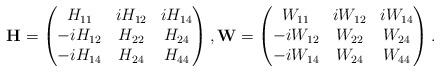
LaTeX: \begin{align*}\mathbf{H}=\begin{pmatrix}H_{11}&iH_{12}&iH_{14}\\-iH_{12}&H_{22}&H_{24}\\-iH_{14}&H_{24}&H_{44}\end{pmatrix}, \mathbf{W}=\begin{pmatrix}W_{11}&iW_{12}&iW_{14}\\-iW_{12}&W_{22}&W_{24}\\-iW_{14}&W_{24}&W_{44}\end{pmatrix}.\end{align*}